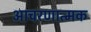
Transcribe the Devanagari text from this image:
आचरणात्मक